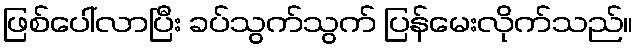
ဖြစ်ပေါ်လာပြီး ခပ်သွက်သွက် ပြန်မေးလိုက်သည်။